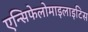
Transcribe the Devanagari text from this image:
एन्सिफेलोमाइलाइटिस